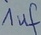
Text: 1uf